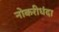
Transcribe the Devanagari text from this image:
नोकरीधंदा